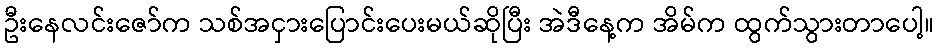
ဦးနေလင်းဇော်က သစ်အငှားပြောင်းပေးမယ်ဆိုပြီး အဲဒီနေ့က အိမ်က ထွက်သွားတာပေါ့။